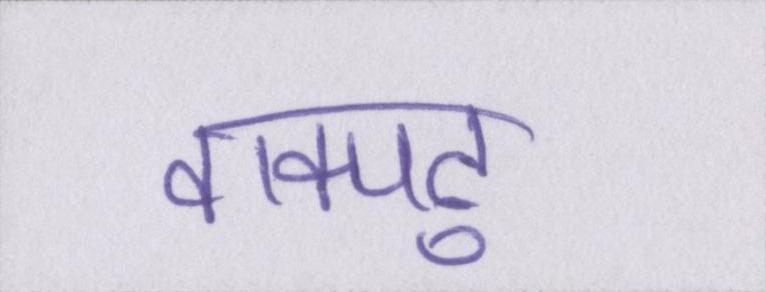
वाक्पटु